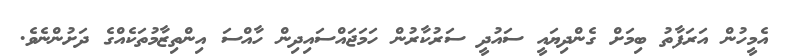
އެމީހުން އަރަފާތު ބިމަށް ގެންދިޔައީ ސައުދީ ސަރުކާރުން ހަމަޖައްސައިދިން ހާއްސަ އިންތިޒާމުތަކެއްގެ ދަށުންނެވެ.